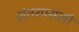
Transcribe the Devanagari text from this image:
अंतरपसली